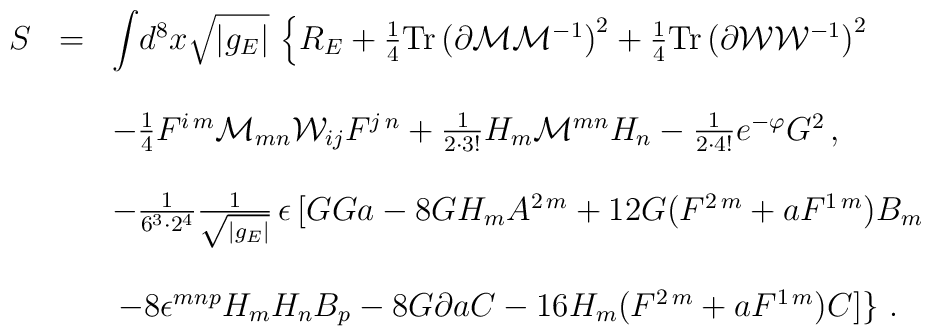
\begin{array}{rcl}S & = & {\displaystyle\int} d^{8}x \sqrt{|g_{E}|}\,\left\{ R_{E} +\frac{1}{4}{\rm Tr}\left(\partial {\cal M}{\cal M}^{-1}\right)^{2}+\frac{1}{4}{\rm Tr}\left(\partial {\cal W}{\cal W}^{-1}\right)^{2} \right.\\& & \\& & -\frac{1}{4}F^{i\, m}{\cal M}_{mn}{\cal W}_{ij} F^{j\, n}+\frac{1}{2\cdot 3!} H_{m}{\cal M}^{mn} H_{n}-\frac{1}{2\cdot 4!} e^{-\varphi} G^{2} \, ,\\& & \\& & -\frac{1}{6^{3}\cdot 2^{4}}{\textstyle\frac{1}{\sqrt{|g_{E}|}}}\, \epsilon\left[GGa -8G H_{m} A^{2\, m} +12 G(F^{2\, m}+aF^{1\, m})B_{m} \right.\\&& \\& & \left.\left.-8\epsilon^{mnp} H_{m}H_{n}B_{p} -8G\partial a C -16 H_{m}(F^{2\, m}+aF^{1\, m}) C \right]\right\} \, .\\\end{array}